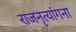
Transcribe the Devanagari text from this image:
राजनृत्यांगना